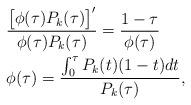
LaTeX: \begin{align*}&\frac{\big[\phi(\tau)P_{k}(\tau)\big]'}{\phi(\tau)P_{k}(\tau)}=\frac{1-\tau}{\phi(\tau)}\\&\phi(\tau)=\frac{\int_{0}^{\tau}P_{k}(t)(1-t)dt}{P_{k}(\tau)},\end{align*}